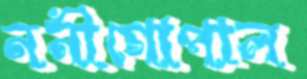
ননীগোপাল